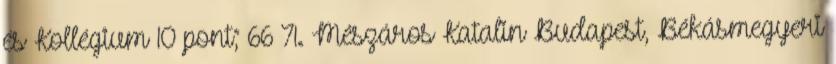
és Kollégium 10 pont; 66–71. Mészáros Katalin Budapest, Békásmegyeri